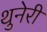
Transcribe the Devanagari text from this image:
थुनेरी